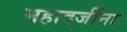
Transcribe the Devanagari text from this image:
महादजींना